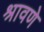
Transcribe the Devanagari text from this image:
श्रावणे